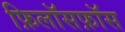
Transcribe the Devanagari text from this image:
फ़िलॉसफ़ॉस